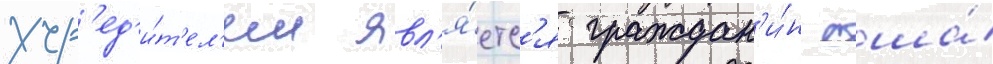
учр'ед'и́т'ел'ем явл'я́етс'я граждан'и́н сша́